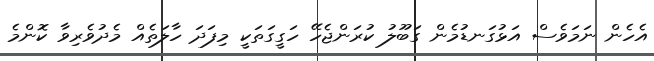
އެހެން ނަމަވެސް އަޅުގަނޑުމެން ގަބޫލު ކުރަންޖެހޭ ހަގީގަތަކީ މިފަދަ ހާލަތެއް މެދުވެރިވާ ކޮންމެ